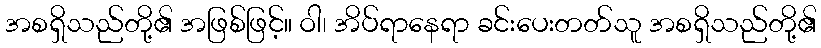
အစရှိသည်တို့၏ အဖြစ်ဖြင့်။ ဝါ၊ အိပ်ရာနေရာ ခင်းပေးတတ်သူ အစရှိသည်တို့၏